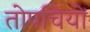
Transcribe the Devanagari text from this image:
तोपचियों